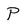
Character: P